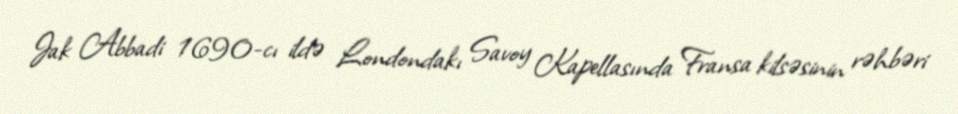
Jak Abbadi 1690-cı ildə Londondakı Savoy Kapellasında Fransa kilsəsinin rəhbəri